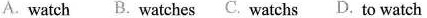
A. watch B. Watches C. Watchs D. To watch